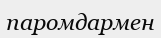
паромдармен